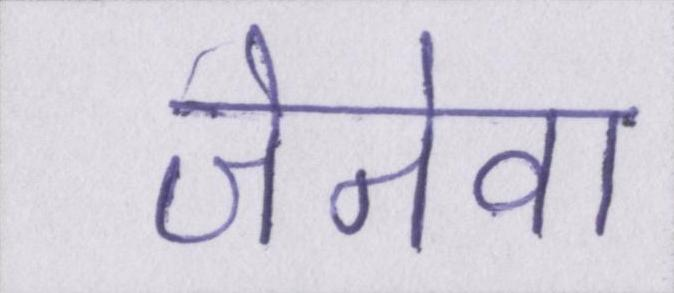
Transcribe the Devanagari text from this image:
जेनेवा